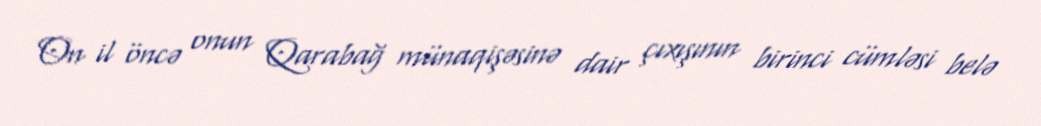
On il öncə onun Qarabağ münaqişəsinə dair çıxışının birinci cümləsi belə